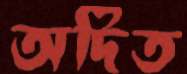
অদিত